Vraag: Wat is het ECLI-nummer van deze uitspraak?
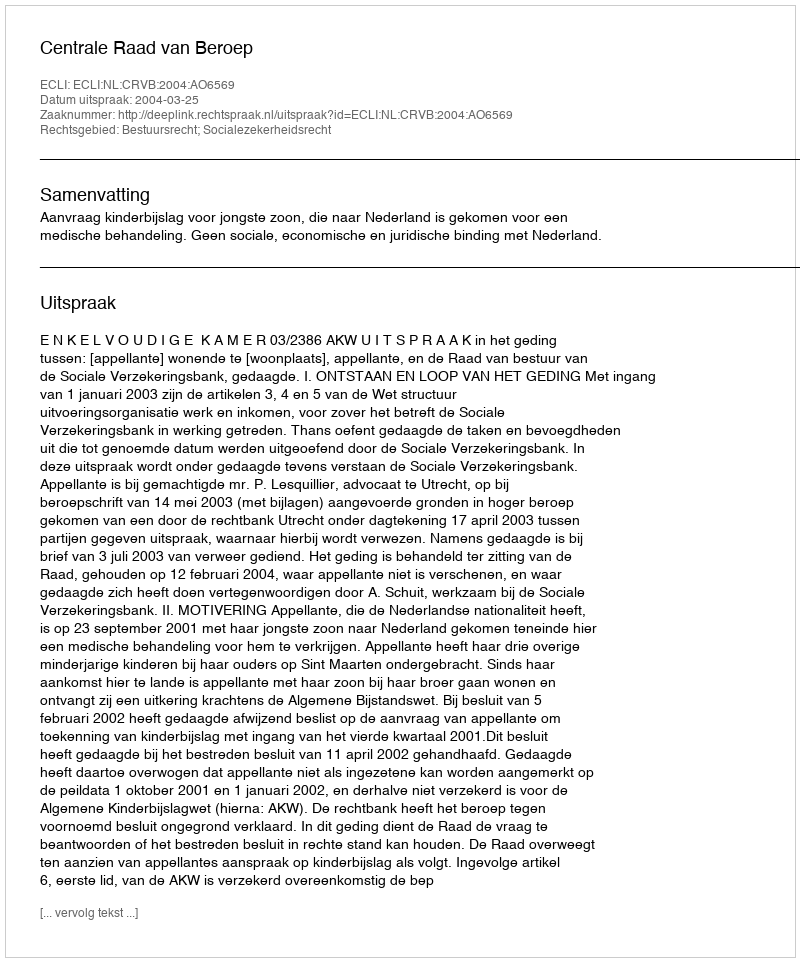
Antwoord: ECLI:NL:CRVB:2004:AO6569